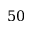
5 0